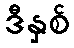
ဒီနှစ်